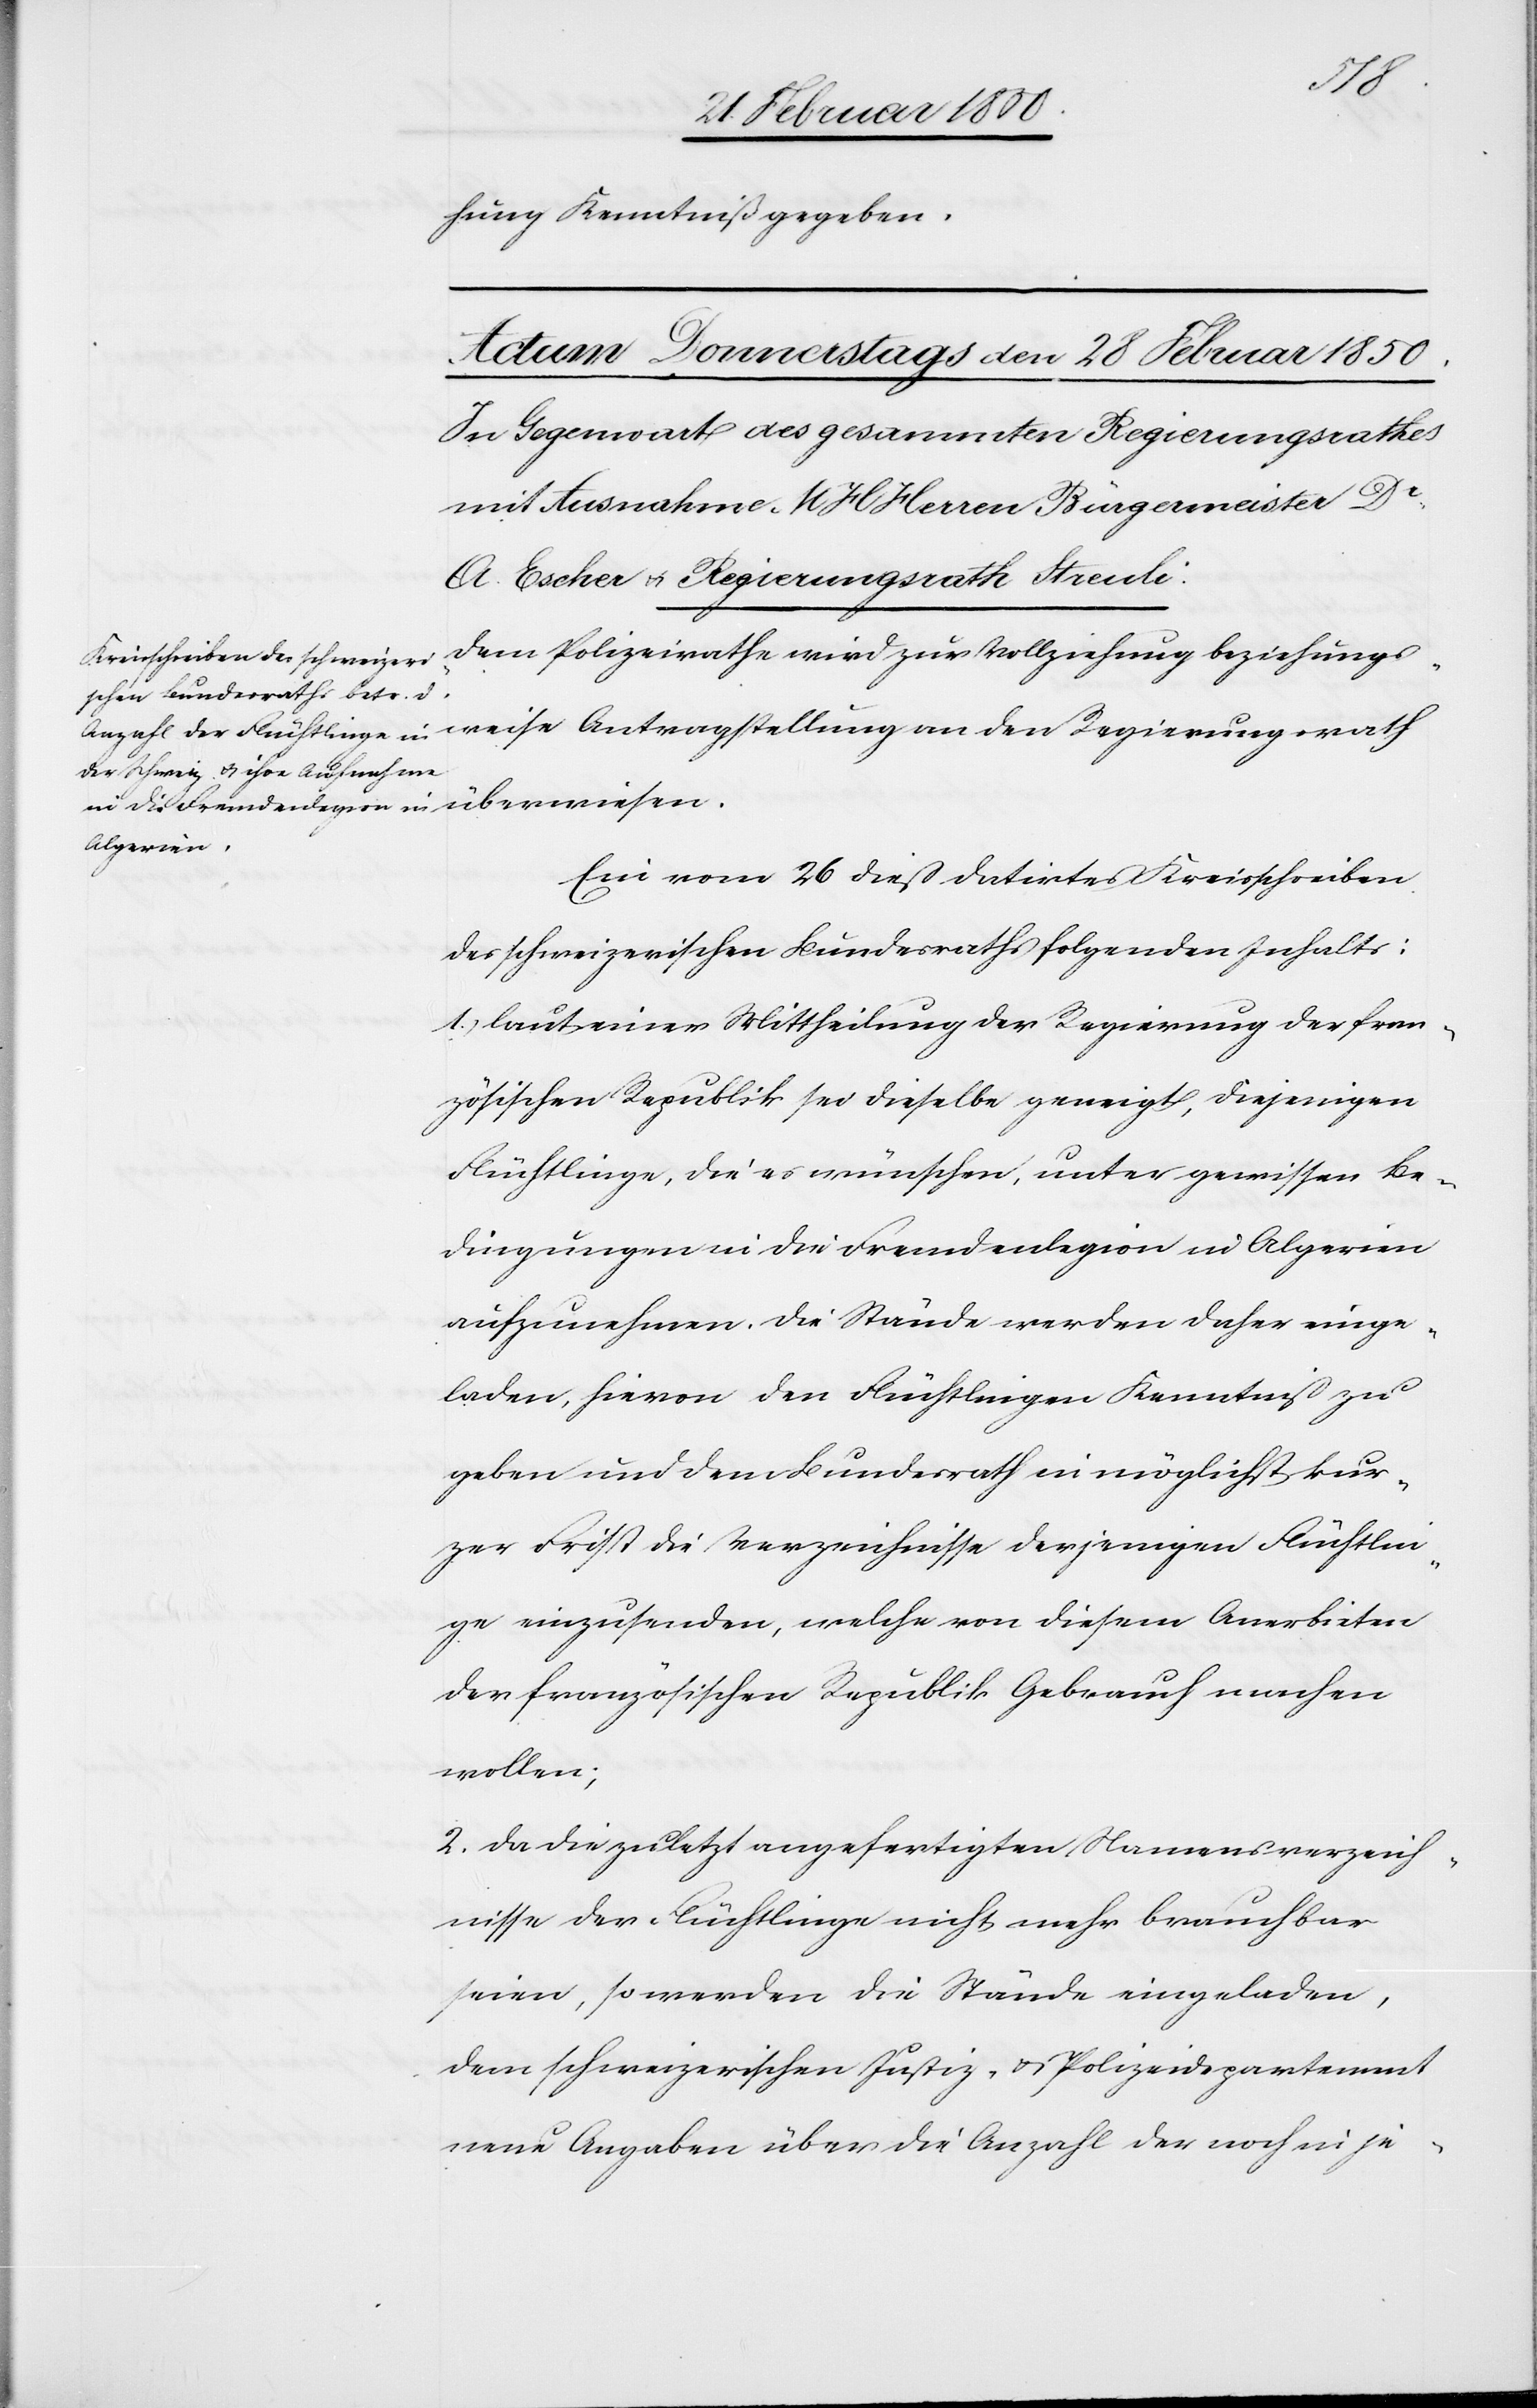
weise
hung Kenntniß gegeben.
Dem Polizeirathe wird zur Vollziehung beziehungs¬
Ein vom 26 dieß datirtes Kreisschreiben
des schweizerischen Bundesraths folgenden Inhalts:
1.) laut einer Mittheilung der Regierung der fran¬
zösischen Republik sei dieselbe geneigt, diejenigen
Flüchtlinge, die es wünschen, unter gewissen Be¬
dingungen in die Fremdenlegion in Algerien
aufzunehmen. Die Stände werden daher einge¬
laden, hievon den Flüchtlingen Kenntniß zu
geben und den Bundesrath in möglichst kur¬
zer Frist die Verzeichnisse derjenigen Flüchtlin¬
ge einzusenden, welche von diesem Anerbieten
der französischen Republik Gebrauch machen
wollen;
2. Da die zuletzt angefertigten Namensverzeich¬
nisse der Flüchtlinge nicht mehr brauchbar
seien, so werden die Stände eingeladen,
dem schweizerischen Justiz- u. Polizeidepartement
neue Angaben über die Anzahl der noch in je-